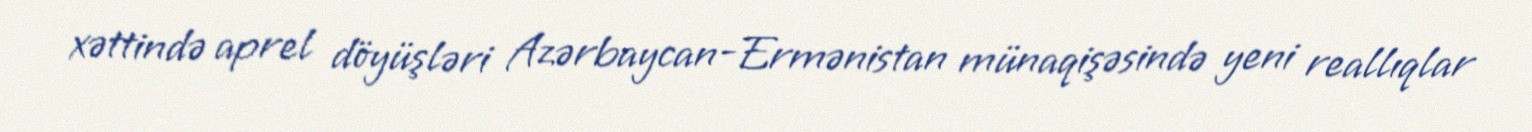
xəttində aprel döyüşləri Azərbaycan-Ermənistan münaqişəsində yeni reallıqlar